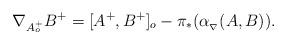
LaTeX: \begin{align*}\nabla_{A^{+}_{o}}B^{+}=[A^{+},B^{+}]_{o}-\pi_{*}(\alpha_{_\nabla}(A,B)).\end{align*}